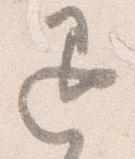
退